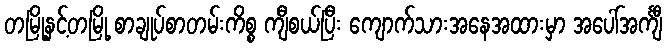
တမြို့နှင့်တမြို့ စာချုပ်စာတမ်းကိစ္စ ကျီစယ်ပြီး ကျောက်သားအနေအထားမှာ အပေါ်အင်္ကျီ